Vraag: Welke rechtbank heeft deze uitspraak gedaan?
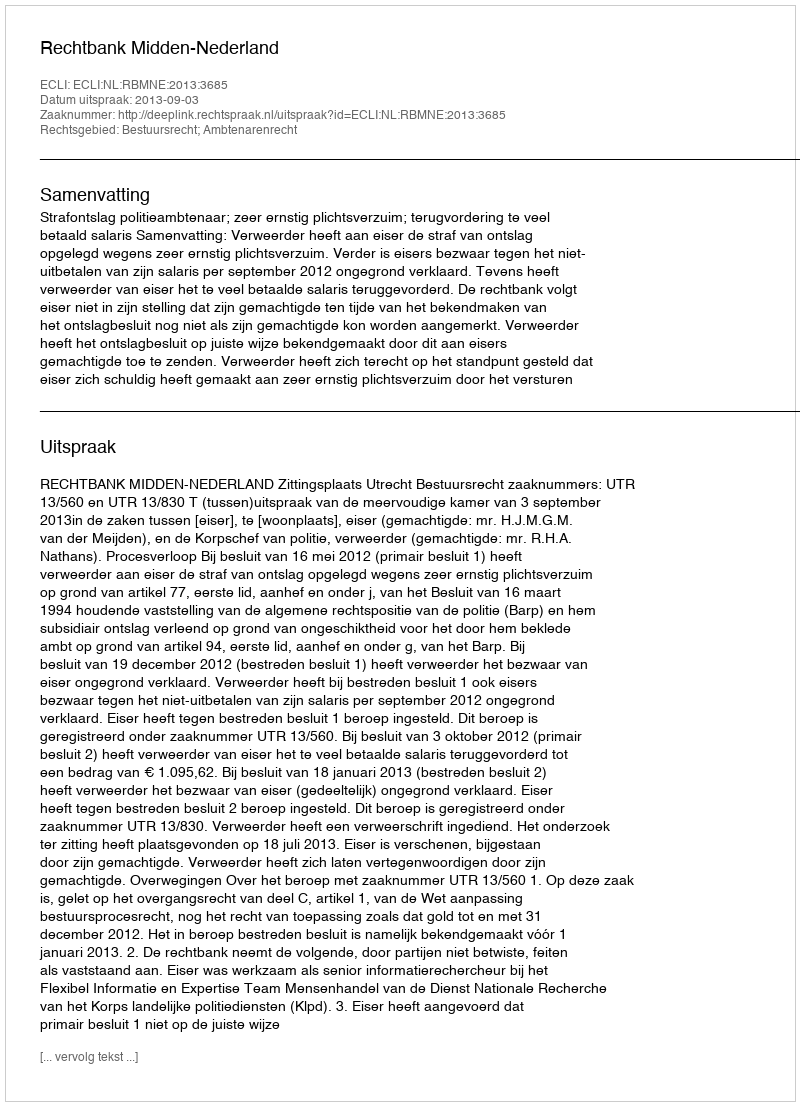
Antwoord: Rechtbank Midden-Nederland